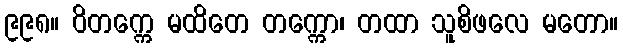
၉၉၈။ ဝိတက္ကေ မထိတေ တက္ကော၊ တထာ သူစိဖလေ မတော။